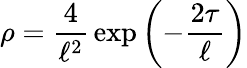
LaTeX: \rho={\frac{4}{\ell^{2}}}\exp\left(-{\frac{2\tau}{\ell}}\right)